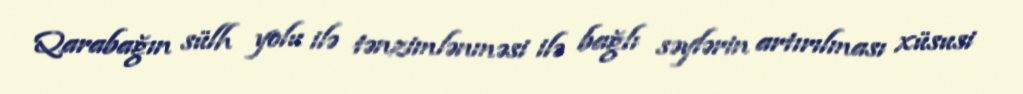
Qarabağın sülh yolu ilə tənzimlənməsi ilə bağlı səylərin artırılması xüsusi